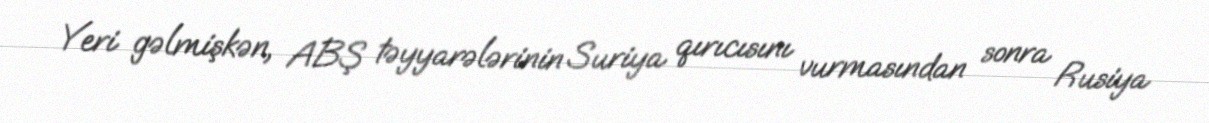
Yeri gəlmişkən, ABŞ təyyarələrinin Suriya qırıcısını vurmasından sonra Rusiya